Civil Veterinary Department Bihar & Orissa reports 1922-29 - 1922-1929
Year: 1922
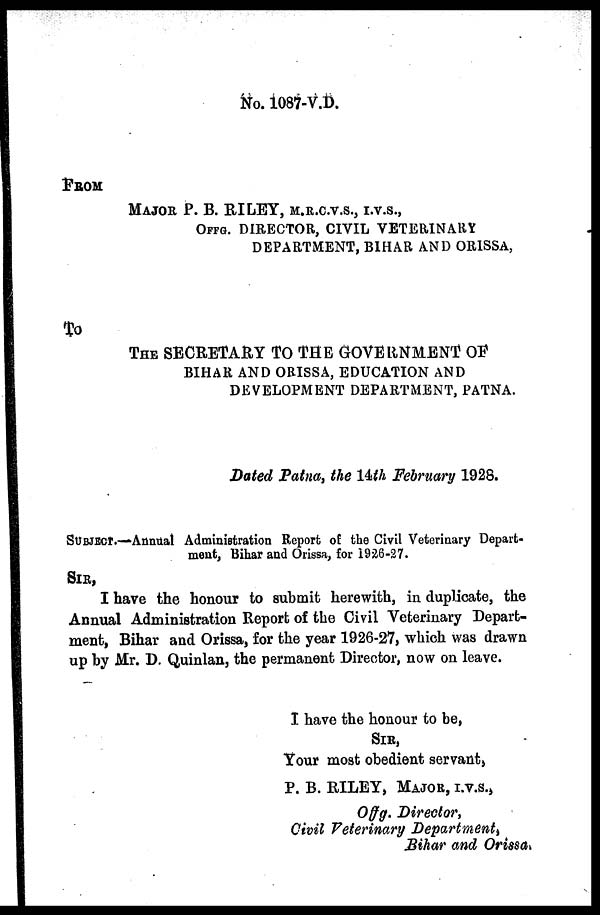
No. 1087-V.D.
FROM
MAJOR P. B. RILEY, M.R.C.V.S., I.V.S.,
OFFG. DIRECTOR, CIVIL VETERINARY
DEPARTMENT, BIHAR AND OR1SSA,
To
THE SECRETARY TO THE GOVERNMENT OF
BIHAR AND ORISSA, EDUCATION AND
DEVELOPMENT DEPARTMENT, PATNA.
Dated Patna, the 14th February 1928.
SUBJECT.-— Annual Administration Report of the Civil Veterinary Depart-
ment, Bihar and Orissa, for 1926-27.
SIR,
I have the honour to submit herewith, in duplicate, the
Annual Administration Report of the Civil Veterinary Depart-
ment, Bihar and Orissa, for the year 1926-27, which was drawn
up by Mr. D. Quinlan, the permanent Director, now on leave.
I have the honour to be,
SIR,
Your most obedient servant,
P. B. RILEY, MAJOR, I.V.S.,
Offg. Directory,
Civil Veterinary Department,
Bihar and Orissa.